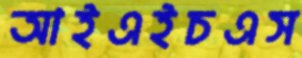
আইএইচএস